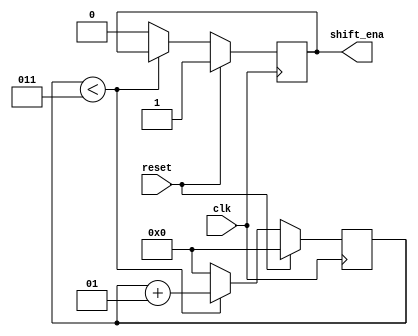
module top_module (
    input clk,
    input reset,      // Synchronous reset
    output shift_ena);

    integer count = 0;
    
    always @(posedge clk)
        if(reset)
            begin
                shift_ena = 1;
            	count = 0;
            end
    	else if(count < 3)
            count = count + 1;
        else
            begin
                count = 0;
                shift_ena = 0;
            end
            
    		
endmodule